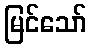
မြင်သော်